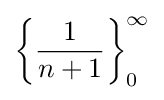
\left\{{\frac {1}{n+1}}\right\}_{0}^{\infty }